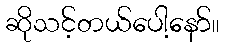
ဆိုသင့်တယ်ပေါ့နော်။